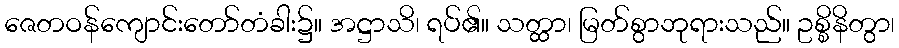
ဇေတဝန်ကျောင်းတော်တံခါး၌။ အဋ္ဌာသိ၊ ရပ်၏။ သတ္ထာ၊ မြတ်စွာဘုရားသည်။ ဥစ္စိနိတွာ၊